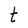
Character: t